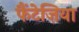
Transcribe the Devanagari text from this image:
फैंटेज़िया